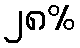
၂၈%